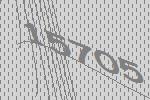
15705